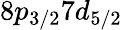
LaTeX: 8p_{3/2}7d_{5/2}